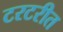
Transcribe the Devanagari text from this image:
टरटरीत